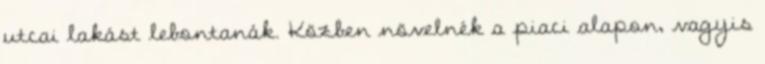
utcai lakást lebontanák. Közben növelnék a piaci alapon, vagyis